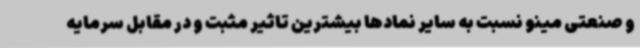
و صنعتی مینو نسبت به سایر نمادها بیشترین تاثیر مثبت و در مقابل سرمایه‌